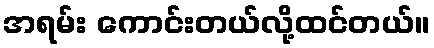
အရမ်း ကောင်းတယ်လို့ထင်တယ်။